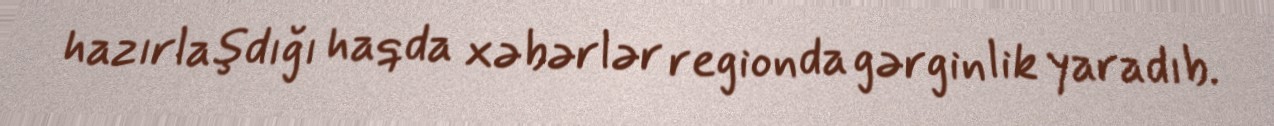
hazırlaşdığı haqda xəbərlər regionda gərginlik yaradıb.